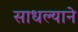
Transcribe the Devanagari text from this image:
साधल्याने